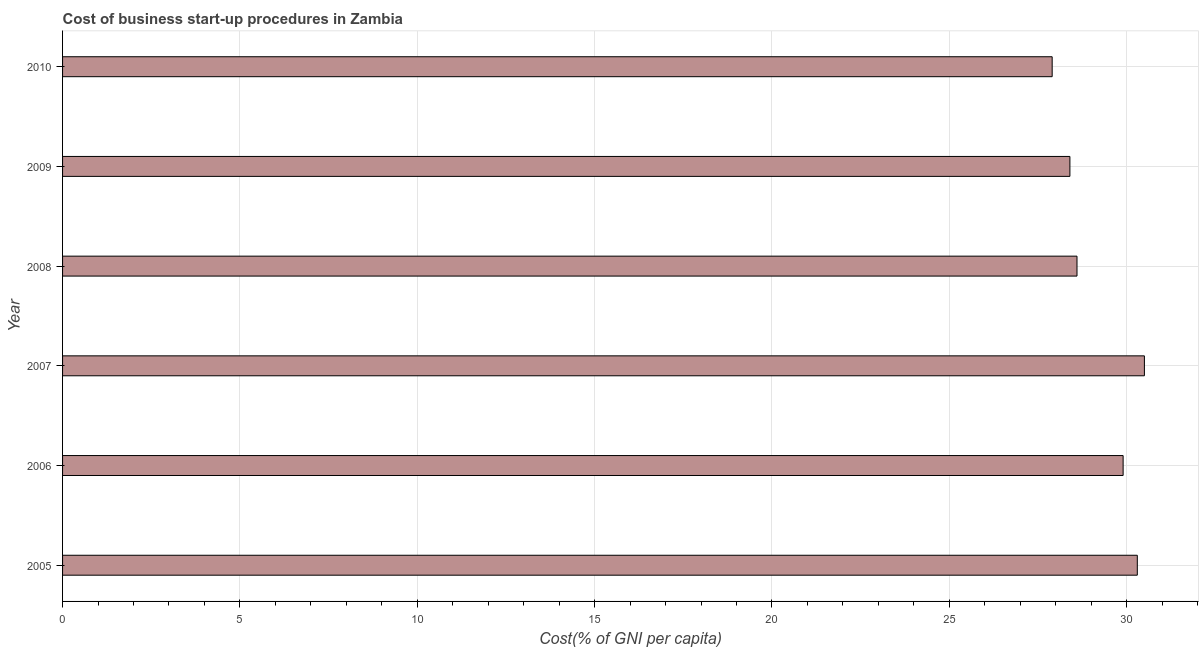
| Year | Cost |
 | --- | --- |
 | 2005 | 30.3 |
 | 2006 | 29.9 |
 | 2007 | 30.5 |
 | 2008 | 28.6 |
 | 2009 | 28.4 |
 | 2010 | 27.9 |